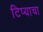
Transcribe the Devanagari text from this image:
टिप्याचा